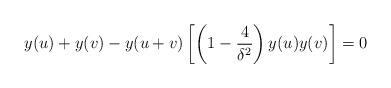
LaTeX: \begin{align*} y(u)+y(v)-y(u+v)\left[ \left(1-\frac{4}{\delta^2}\right)y(u)y(v) \right] =0\end{align*}